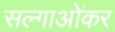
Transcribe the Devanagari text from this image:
सल्गाओंकर